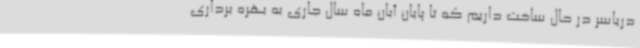
دریاسر در حال ساخت داریم که تا پایان آبان ماه سال جاری به بهره برداری